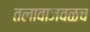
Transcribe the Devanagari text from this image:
तलावाजवळच